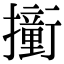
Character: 𫝿